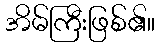
အိမ်ကြီးဖြစ်၏။